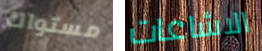
مستواك الاشاعات